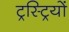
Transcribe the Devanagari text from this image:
ट्रस्ट्रियों